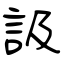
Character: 訯